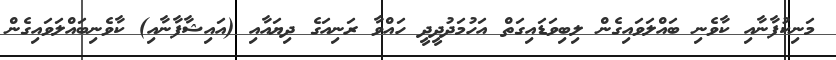
މަނިކުފާނާއި ކާވެނި ބައްލަވައިގެން ލިބިވަޑައިގަތް އަހުމަދުދީދީ ހައްވާ ރަނިއަގެ ދިޔައާއި (އައިޝާފާނާއި) ކާވެނިބައްލަވައިގެން